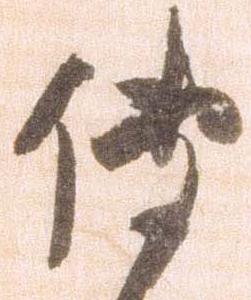
伝